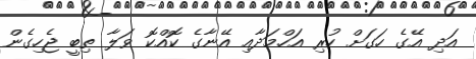
އަދި އޭގެ ހަގަށް ހުރި އަހްމަދާއި އޭނާގެ ކޮއްކޮ ވަލާ ތިބީ ޖެހިގެން